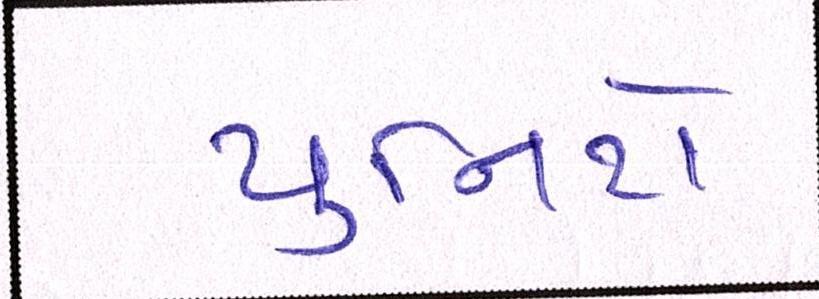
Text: યુનિટો